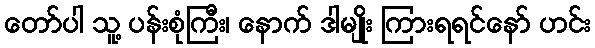
တော်ပါ သူ့ ပန်းစုံကြီး၊ နောက် ဒါမျိုး ကြားရရင်နော် ဟင်း